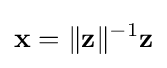
\mathbf {x} =\lVert \mathbf {z} \rVert ^{-1}\mathbf {z}